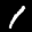
Label: 1